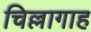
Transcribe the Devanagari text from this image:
चिल्लागाह